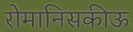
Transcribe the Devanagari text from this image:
रोमानिसकीऊ